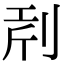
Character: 𠜝